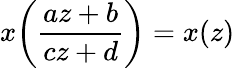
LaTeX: x\! \left({\frac{az+b}{cz+d}}\right)=x(z)